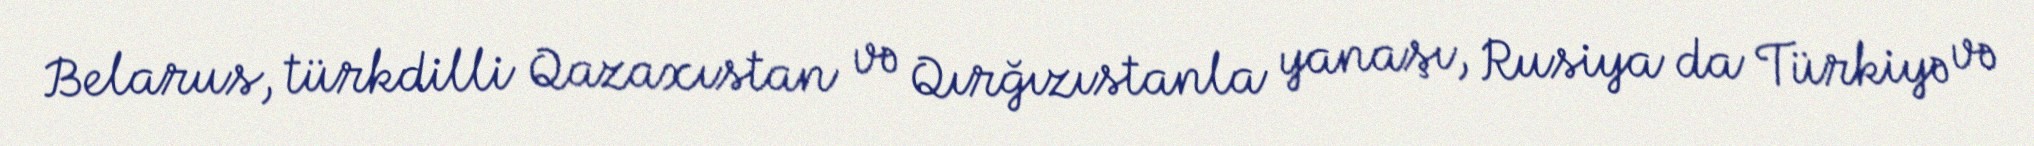
Belarus, türkdilli Qazaxıstan və Qırğızıstanla yanaşı, Rusiya da Türkiyə və